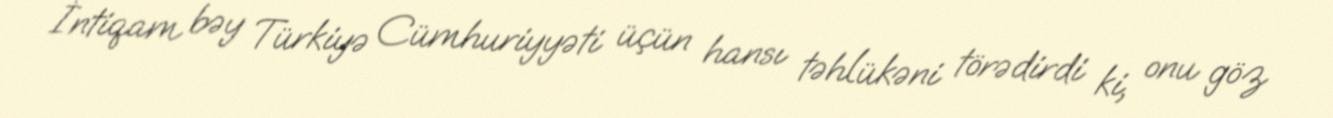
İntiqam bəy Türkiyə Cümhuriyyəti üçün hansı təhlükəni törədirdi ki, onu göz